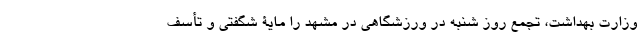
وزارت بهداشت، تجمع روز شنبه در ورزشگاهی در مشهد را مایۀ شگفتی و تأسف